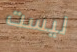
ليست